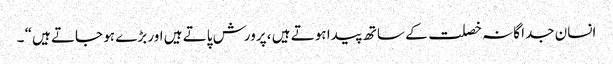
انسان جدا گانہ خصلت کے ساتھ پیدا ہوتے ہیں ، پرورش پاتے ہیں اور بڑے ہو جاتے ہیں“ ۔